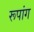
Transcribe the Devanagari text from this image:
रूपांग